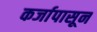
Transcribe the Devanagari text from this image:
कर्जापासून